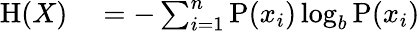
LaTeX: \begin{array}{rl}{\mathrm{H}(X)}&{{}=-\sum_{i=1}^{n}{\mathrm{P}(x_{i})\log_{b}\mathrm{P}(x_{i})}}\end{array}